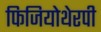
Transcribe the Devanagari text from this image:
फिजियोथेरपी